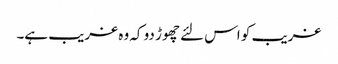
غریب کو اس لئے چھوڑ دو کہ وہ غریب ہے۔